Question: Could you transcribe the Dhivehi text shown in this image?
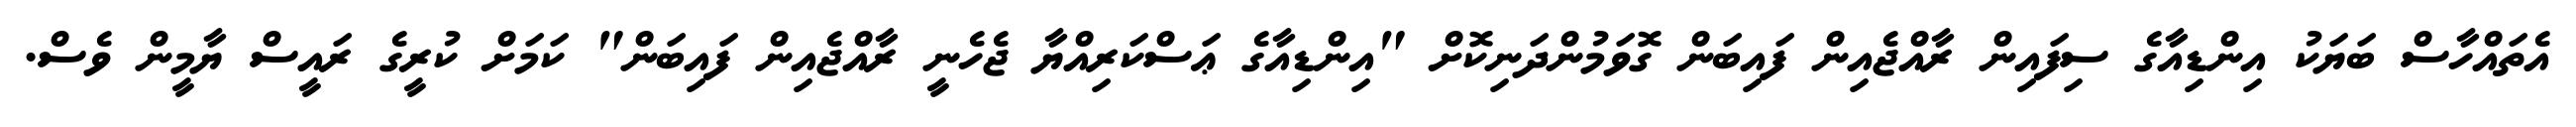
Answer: އެތައްހާސް ބަޔަކު އިންޑިއާގެ ސިފައިން ރާއްޖެއިން ފައިބަން ގޮވަމުންދަނިކޮށް "އިންޑިއާގެ ޢަސްކަރިއްޔާ ޖެހެނީ ރާއްޖެއިން ފައިބަން" ކަމަށް ކުރީގެ ރައީސް ޔާމީން ވެސް.